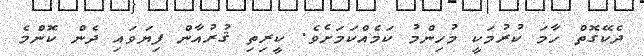
ދެކޭގޮތް ހާމަ ކުރުމަކީ މުހިންމު ކަމެއްކަމަށެވެ. ކީރިތި ޤުރުއާން ފިޔަވައި ދެން ކޮންމެ